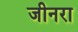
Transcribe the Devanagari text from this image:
जीनरा